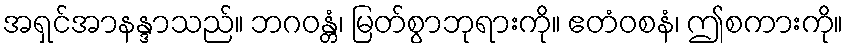
အရှင်အာနန္ဒာသည်။ ဘဂဝန္တံ၊ မြတ်စွာဘုရားကို။ ဧတံဝစနံ၊ ဤစကားကို။